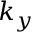
k _ { y }